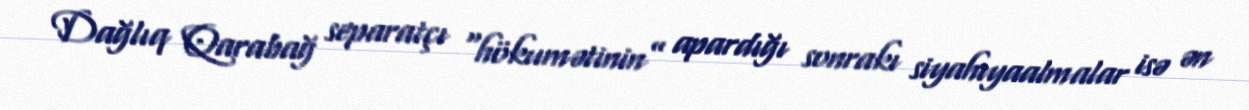
Dağlıq Qarabağ separatçı “hökumətinin” apardığı sonrakı siyahıyaalmalar isə ən